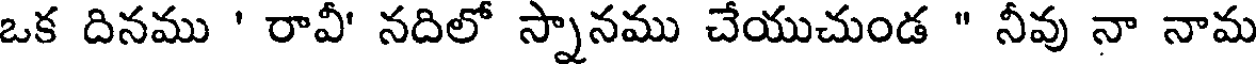
ఒక దినము ' రావీ' నదిలో స్నానము చేయుచుండ " నీవు నా నామ